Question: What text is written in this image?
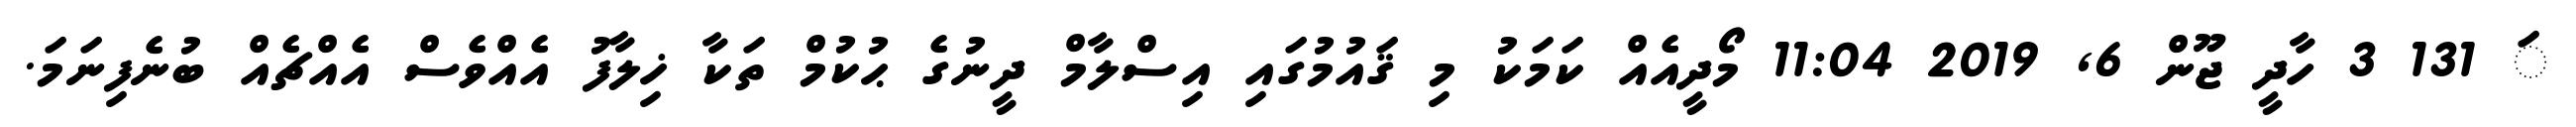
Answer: ަ 131 3 ހާދީ ޖޫން 6, 2019 11:04 މޯދީއެއް ކަމަކު މި ޤައުމުގައި އިސްލާމް ދީނުގެ ޙުކުމް ތަކާ ޚިލާފު އެއްވެސް އެއްޗެއް ބުނެފިނަމަ.